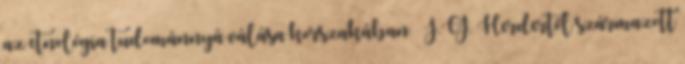
az etnológia tudománnyá válása korszakában – J.G. Herdertől származott